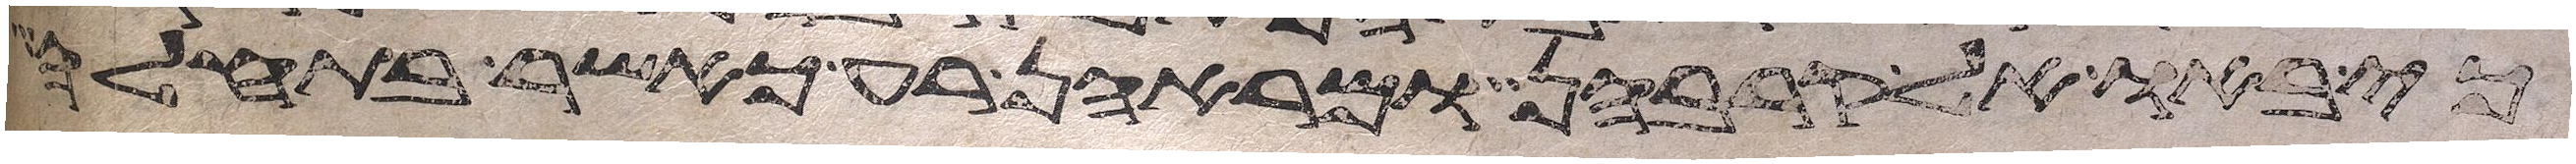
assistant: כי באו אל קרבהן ומראהן רע כאשר בתחלה